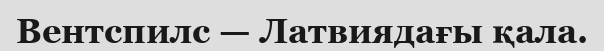
Вентспилс — Латвиядағы қала.